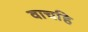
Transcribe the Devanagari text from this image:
वाचहि